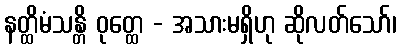
နတ္ထိမံသန္တိ ဝုတ္ထေ - အသားမရှိဟု ဆိုလတ်သော်၊